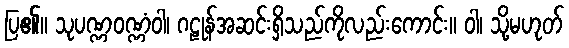
ပြ၏။ သုပဏ္ဏဝဏ္ဏံဝါ၊ ဂဠုန်အဆင်းရှိသည်ကိုလည်းကောင်း။ ဝါ၊ သို့မဟုတ်